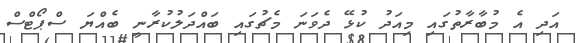
އަދި އެ މުބާރާތުގައި މިއަދު ކުޅޭ ދެވަނަ މެޗުގައި ބައްދަލުކުރާނީ ބެއްޔަ ސްޕޯޓްސް